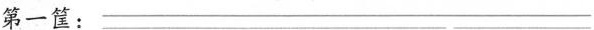
第一筐：___